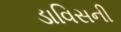
ડાવિસની